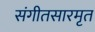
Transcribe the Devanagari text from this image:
संगीतसारमृत